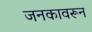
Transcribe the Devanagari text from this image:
जनकावरून